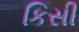
કિસી